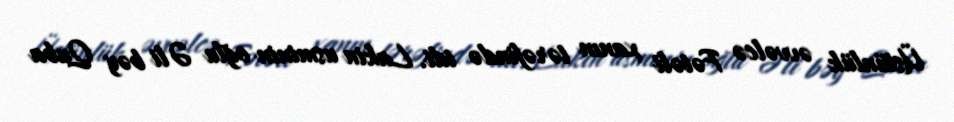
Üstünlük əvvəlcə Fətəli xanın tərəfində idi. Lakin usminin oğlu Əli bəy Quba